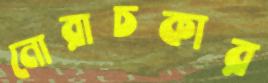
নোরাচকার